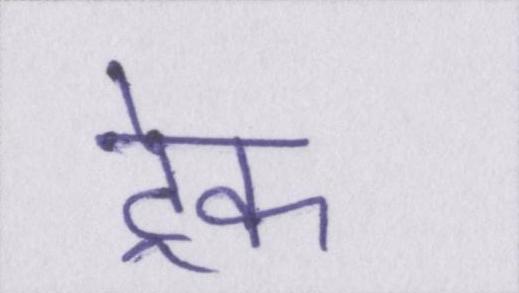
ट्रेक